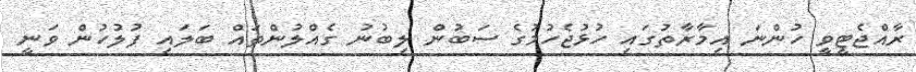
ރާއްޖެޓީވީ ހުންނަ އިމާރާތުގައި ހުޅުޖެހުމުގެ ސަބުން ލިބުނު ގެއްލުންތައް ބަލައި ފުލުހުން ވަނީ